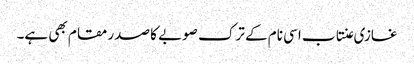
غازی عنتاب اسی نام کے ترک صوبے کا صدر مقام بھی ہے۔